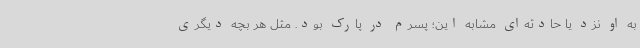
به او نزد یا حادثه‌ای مشابه این؛ پسرم در پارک بود. مثل هر بچه دیگری